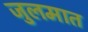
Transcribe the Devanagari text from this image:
जुलमात